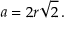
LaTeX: a = { 2 r } { \sqrt { 2 } } \, .